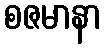
စဇမာနာ